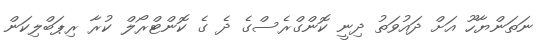
ނަތަންޔާހޫ އަށް ދައުވަތު ދިނީ ކޮންގްރެސްގެ ދެ ގެ ކޮންޓްރޯލް ކުރާ ރިޕަބްލިކަން